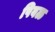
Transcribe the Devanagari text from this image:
पिवळ